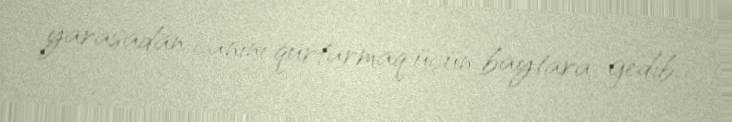
yarasadan canını qurtarmaq üçün baytara gedib.